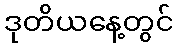
ဒုတိယနေ့တွင်